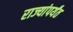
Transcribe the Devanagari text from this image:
राज्यांपर्यंत